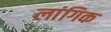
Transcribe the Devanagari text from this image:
लांगिक